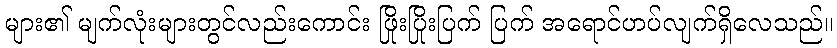
များ၏ မျက်လုံးများတွင်လည်းကောင်း ဖြိုးပြိုးပြက် ပြက် အရောင်ဟပ်လျက်ရှိလေသည်။